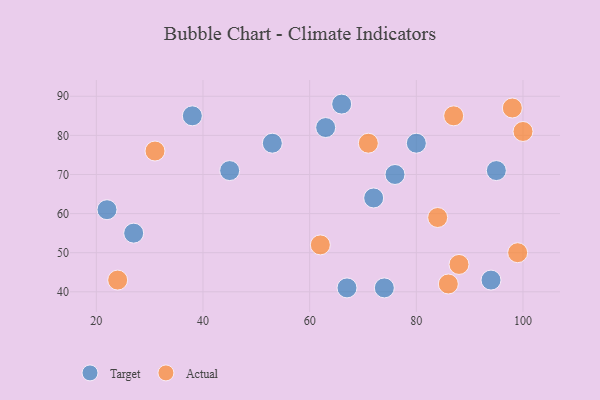
{"axis": {"x": "GDP", "y": "Life Expectancy"}, "legend": ["Actual", "Target"], "data": [{"x": "80", "y": 78, "type": "Target"}, {"x": "45", "y": 71, "type": "Target"}, {"x": "53", "y": 78, "type": "Target"}, {"x": "38", "y": 85, "type": "Target"}, {"x": "94", "y": 43, "type": "Target"}, {"x": "76", "y": 70, "type": "Target"}, {"x": "66", "y": 88, "type": "Target"}, {"x": "63", "y": 82, "type": "Target"}, {"x": "72", "y": 64, "type": "Target"}, {"x": "67", "y": 41, "type": "Target"}, {"x": "74", "y": 41, "type": "Target"}, {"x": "95", "y": 71, "type": "Target"}, {"x": "27", "y": 55, "type": "Target"}, {"x": "22", "y": 61, "type": "Target"}, {"x": "62", "y": 52, "type": "Actual"}, {"x": "99", "y": 50, "type": "Actual"}, {"x": "84", "y": 59, "type": "Actual"}, {"x": "98", "y": 87, "type": "Actual"}, {"x": "87", "y": 85, "type": "Actual"}, {"x": "24", "y": 43, "type": "Actual"}, {"x": "86", "y": 42, "type": "Actual"}, {"x": "88", "y": 47, "type": "Actual"}, {"x": "31", "y": 76, "type": "Actual"}, {"x": "100", "y": 81, "type": "Actual"}, {"x": "71", "y": 78, "type": "Actual"}]}